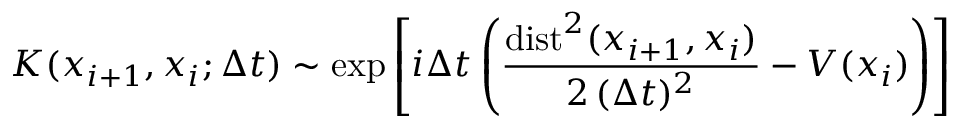
K ( x _ { i + 1 } , x _ { i } ; \Delta t ) \sim \exp \left[ i \Delta t \left( \frac { \mathrm { d i s t } ^ { 2 } ( x _ { i + 1 } , x _ { i } ) } { 2 \, ( \Delta t ) ^ { 2 } } - V ( x _ { i } ) \right) \right]